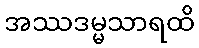
အဿဒမ္မသာရထိ